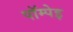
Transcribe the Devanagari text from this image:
पॉम्पेइ